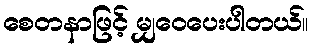
စေတနာဖြင့် မျှဝေပေးပါတယ်။